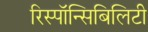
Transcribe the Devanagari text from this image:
रिस्पॉन्सिबिलिटी